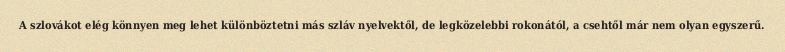
A szlovákot elég könnyen meg lehet különböztetni más szláv nyelvektől, de legközelebbi rokonától, a csehtől már nem olyan egyszerű.